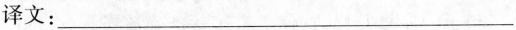
译文：___